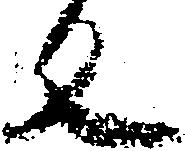
反